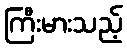
ကြီးမားသည့်